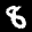
Label: 8